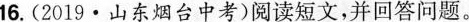
16.(2019·山东烟台中考)阅读短文，并回答问题。